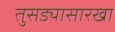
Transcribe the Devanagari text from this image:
तुसड्यासारखा